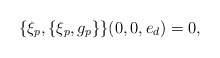
\begin{align*}\{\xi_p, \{\xi_p, g_p\}\}(0, 0,e_d)=0,\end{align*}